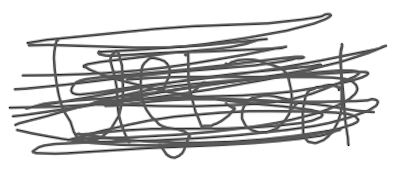
Text: Ustad
Cross-out: scratch
Writing tool: digital_gray